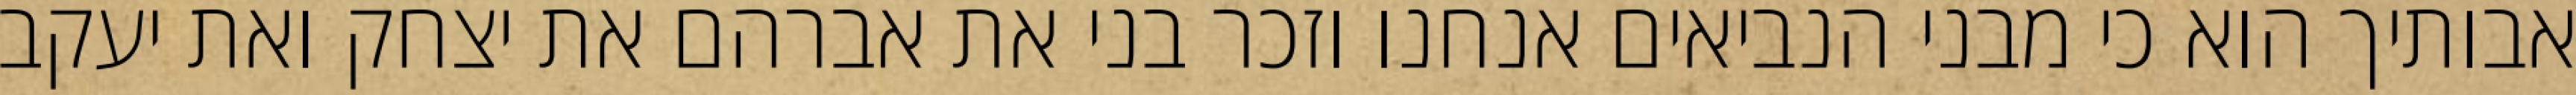
אבותיך הוא כי מבני הנביאים אנחנו וזכר בני את אברהם את יצחק ואת יעקב